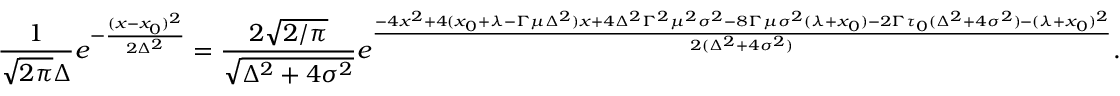
{ \frac { 1 } { \sqrt { 2 \pi } \Delta } } e ^ { - { \frac { ( x - x _ { 0 } ) ^ { 2 } } { 2 \Delta ^ { 2 } } } } = { \frac { 2 \sqrt { 2 / \pi } } { \sqrt { \Delta ^ { 2 } + 4 \sigma ^ { 2 } } } } e ^ { \frac { - 4 x ^ { 2 } + 4 ( x _ { 0 } + \lambda - \Gamma \mu \Delta ^ { 2 } ) x + 4 \Delta ^ { 2 } \Gamma ^ { 2 } \mu ^ { 2 } \sigma ^ { 2 } - 8 \Gamma \mu \sigma ^ { 2 } ( \lambda + x _ { 0 } ) - 2 \Gamma \tau _ { 0 } ( \Delta ^ { 2 } + 4 \sigma ^ { 2 } ) - ( \lambda + x _ { 0 } ) ^ { 2 } } { 2 ( \Delta ^ { 2 } + 4 \sigma ^ { 2 } ) } } .